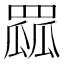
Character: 𦋯